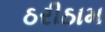
ઠરીઠામ